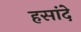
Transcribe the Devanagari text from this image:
हसांदे